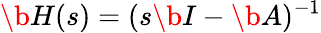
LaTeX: \b{H}(s)=(s\b{I}-\b{A})^{-1}